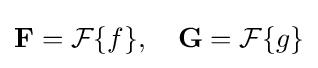
\mathbf {F} ={\mathcal {F}}\{f\},\quad \mathbf {G} ={\mathcal {F}}\{g\}